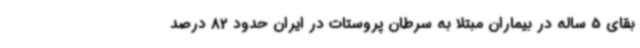
بقای 5 ساله در بیماران مبتلا به سرطان پروستات در ایران حدود 82 درصد